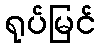
ရုပ်မြင်